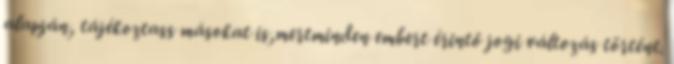
alapján, tájékoztass másokat is,mertminden embert érintő jogi változás történt.